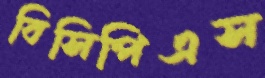
বিসিপিএস